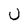
Character: U